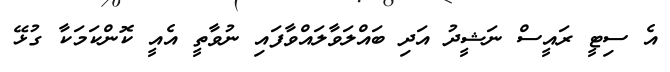
އެ ސިޓީ ރައީސް ނަޝީދު އަދި ބައްލަވާލައްވާފައި ނުވާތީ އެއީ ކޮންކަމަކާ ގުޅޭ